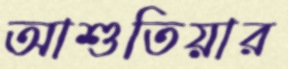
আশুতিয়ার